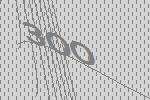
300